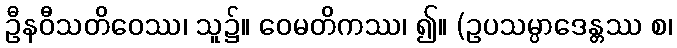
ဦနဝီသတိဝေဿ၊ သူ၌။ ဝေမတိကဿ၊ ၍။ (ဥပသမ္ပာဒေန္တဿ စ၊